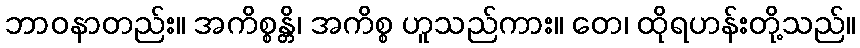
ဘာဝနာတည်း။ အကိစ္စန္တိ၊ အကိစ္စ ဟူသည်ကား။ တေ၊ ထိုရဟန်းတို့သည်။